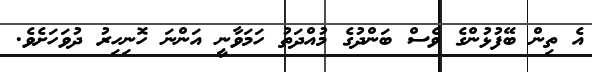
އެ ތިން ބޭފުޅުންގެ ވެސް ބަންދުގެ މުއްދަތު ހަމަވާނީ އަންނަ ހޮނިހިރު ދުވަހަށެވެ.